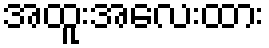
အထူးအလေးထား